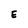
Character: E